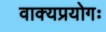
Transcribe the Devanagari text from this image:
वाक्यप्रयोगः